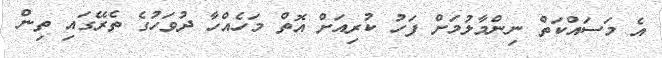
އެ މަސައްކަތް ނިންމާލުމަށް ފަހު ކުރިއަށް އޮތް މަހެއްހާ ދުވަހުގެ ތެރޭގައި ތިން